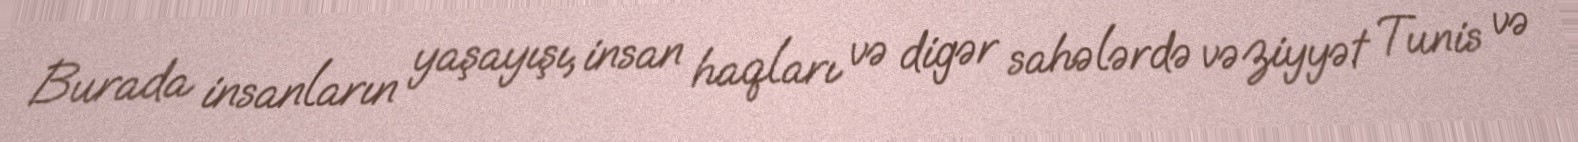
Burada insanların yaşayışı, insan haqları və digər sahələrdə vəziyyət Tunis və